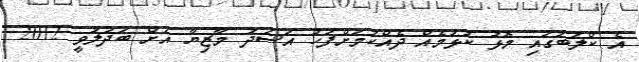
އެ ކްލަބުގައި މޮޅު ކުޅުމެއް ދެއްކުމަށްފަހު އަސަދު މާޒިޔާ އަށް ބަދަލުވީ 2012